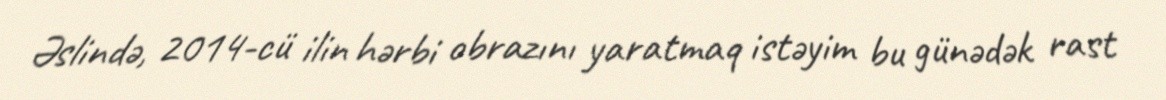
Əslində, 2014-cü ilin hərbi obrazını yaratmaq istəyim bu günədək rast